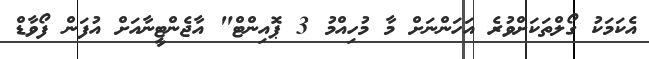
އެކަމަކު ގޯލްތަކަށްވުރެ އަހަންނަށް މާ މުހިއްމު 3 ޕޮއިންޓް" އާޖެންޓީނާއަށް އުފަން ފޯވާޑް